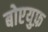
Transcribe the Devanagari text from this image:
बोएयुफ़